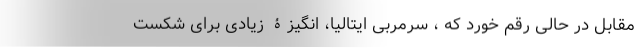
مقابل در حالی رقم خورد که ، سرمربی ایتالیا، انگیزۀ زیادی برای شکست